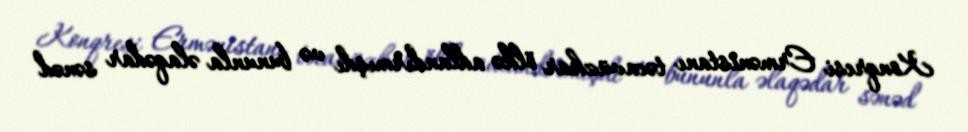
Konqresi Ermənistanı təcavüzkar ölkə adlandırmışdı və bununla əlaqədar sənəd